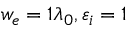
w _ { e } = 1 \lambda _ { 0 } , \varepsilon _ { i } = 1